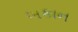
બકાન